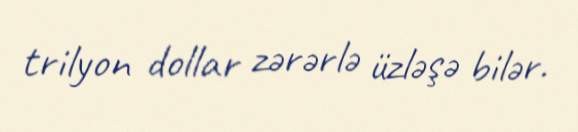
trilyon dollar zərərlə üzləşə bilər.